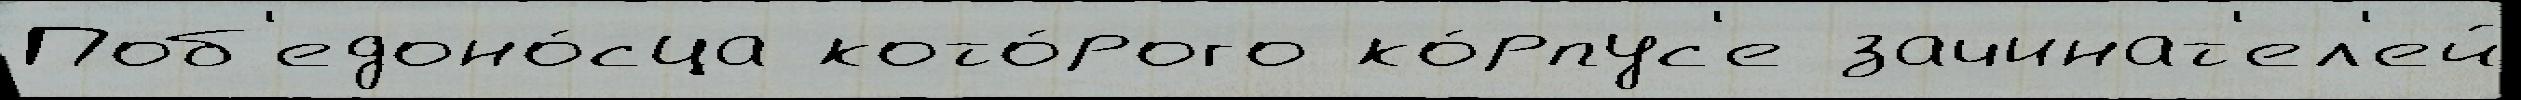
Поб'едоно́сца кото́рого ко́рпус'е зачинат'ел'ей